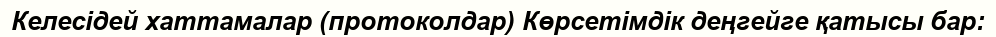
Келесідей хаттамалар (протоколдар) Көрсетімдік деңгейге қатысы бар: